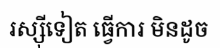
រស្ស៊ីទៀត ធ្វើការ មិនដូច